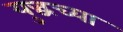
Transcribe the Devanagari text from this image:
युद्धच्या